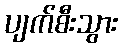
ပျက်စီးသွား